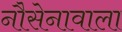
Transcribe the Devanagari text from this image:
नौसेनावाला